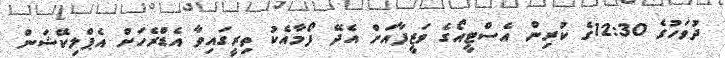
ދުވަހުގެ 12:30ގެ ކުރިން އެސްޓީއޯގެ ވަޒީފާއަށް އެދޭ ފޯމާއެކު ތިރީގައިވާ އެޑްރެހަށް އެޕްލިކޭޝަން